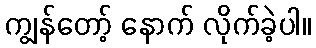
ကျွန်တော့် နောက် လိုက်ခဲ့ပါ။